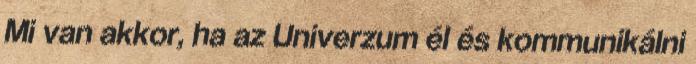
Mi van akkor, ha az Univerzum él és kommunikálni